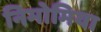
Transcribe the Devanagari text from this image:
निमोमिया